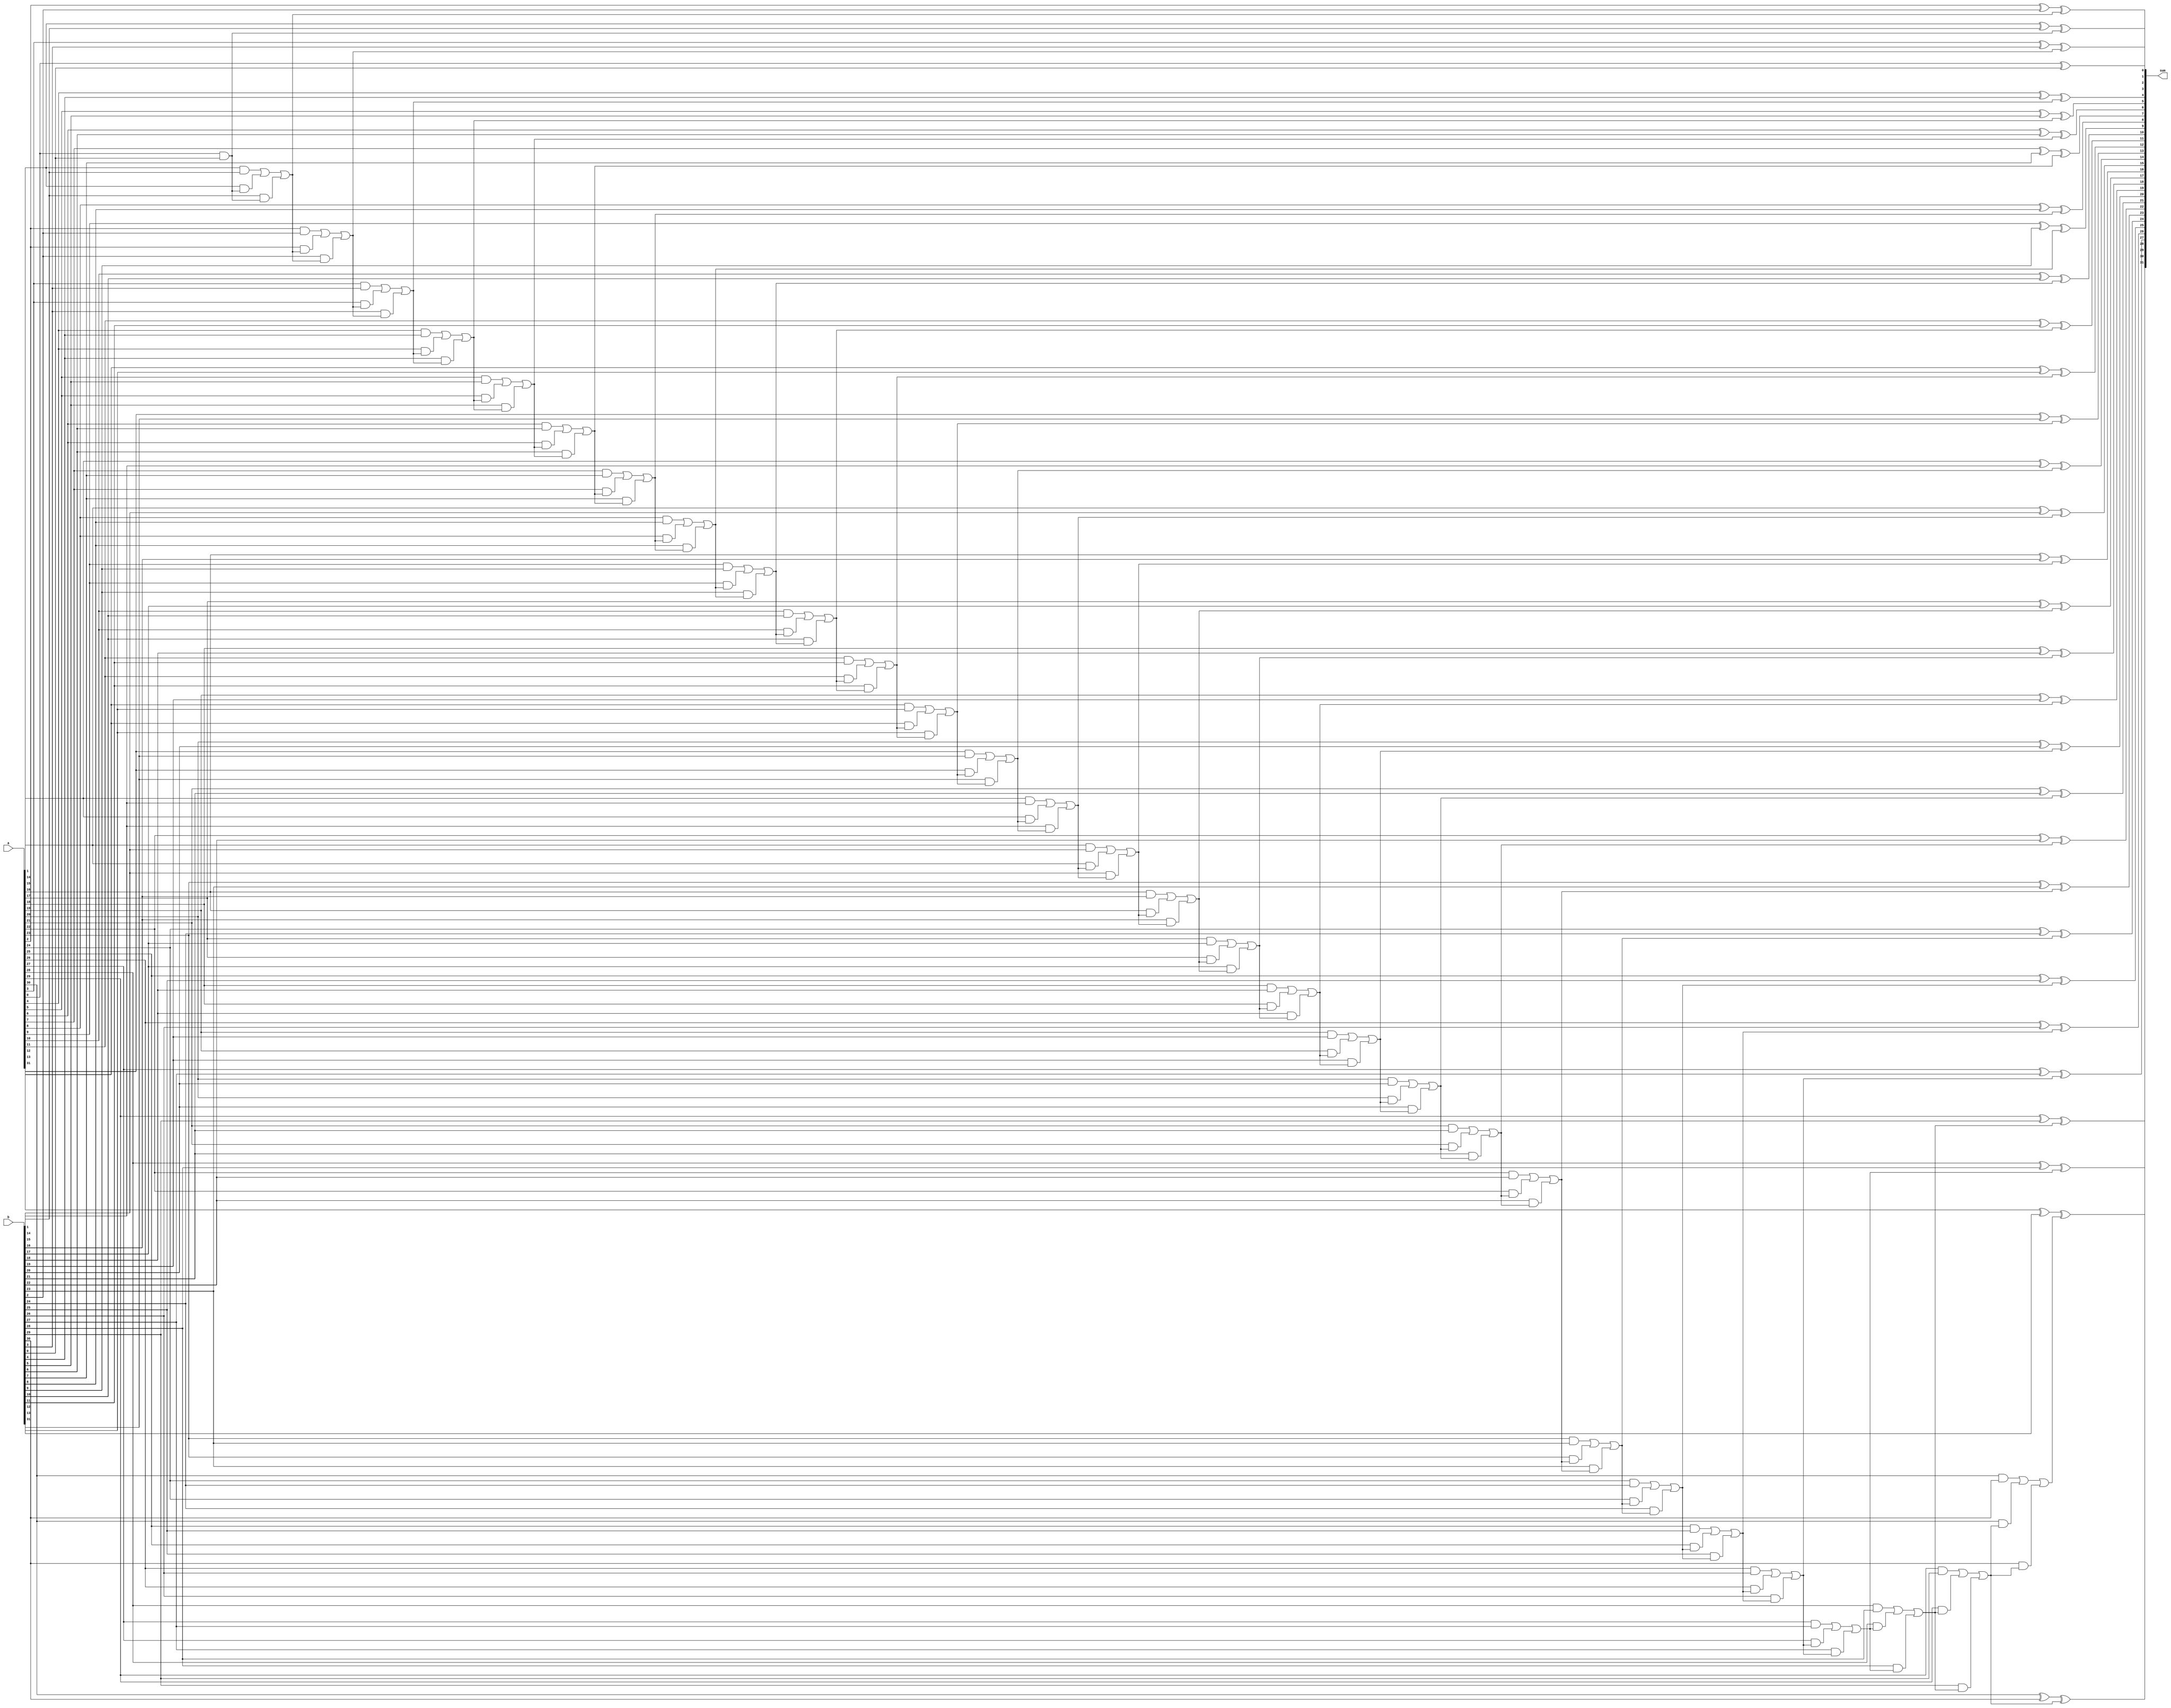
module adder(
    input [31:0] a,
    input [31:0] b,
    output [31:0] sum
);
    wire [32:0] carry;
    assign carry[0] = 1'b0;

    genvar i;
    generate
        for (i = 0; i < 32; i = i + 1) begin
            assign sum[i] = a[i] ^ b[i] ^ carry[i];
            assign carry[i+1] = (a[i] & b[i]) | (a[i] & carry[i]) | (b[i] & carry[i]);
        end
    endgenerate

endmodule